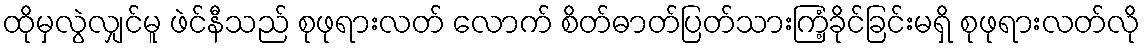
ထိုမှလွဲလျှင်မူ ဖဲင်နီသည် စုဖုရားလတ် လောက် စိတ်ဓာတ်ပြတ်သားကြံ့ခိုင်ခြင်းမရှိ စုဖုရားလတ်လို